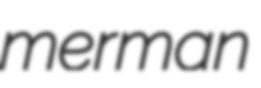
merman